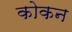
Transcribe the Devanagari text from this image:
कोकन